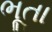
ભૂતા